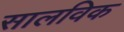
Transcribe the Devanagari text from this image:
सालविक